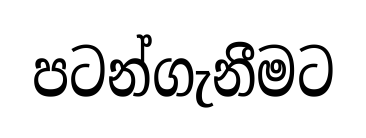
පටන්ගැනීමට